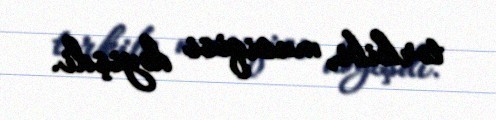
tərkibi, musiqisi dəyişdi.